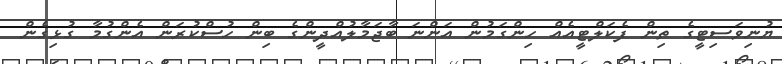
ޔުނިވަސިޓީގެ ތިން ފެކަލްޓީއެއް ހިންގަމުން އަންނަ ބާޖަމާލުއްދީންގެ ބިން ހުސްކުރަން އެންގުމާ ގުޅިގެން